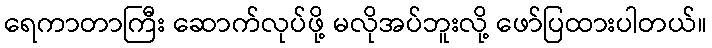
ရေကာတာကြီး ဆောက်လုပ်ဖို့ မလိုအပ်ဘူးလို့ ဖော်ပြထားပါတယ်။